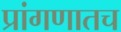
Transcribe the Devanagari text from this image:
प्रांगणातच